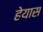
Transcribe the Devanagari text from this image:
हेयास